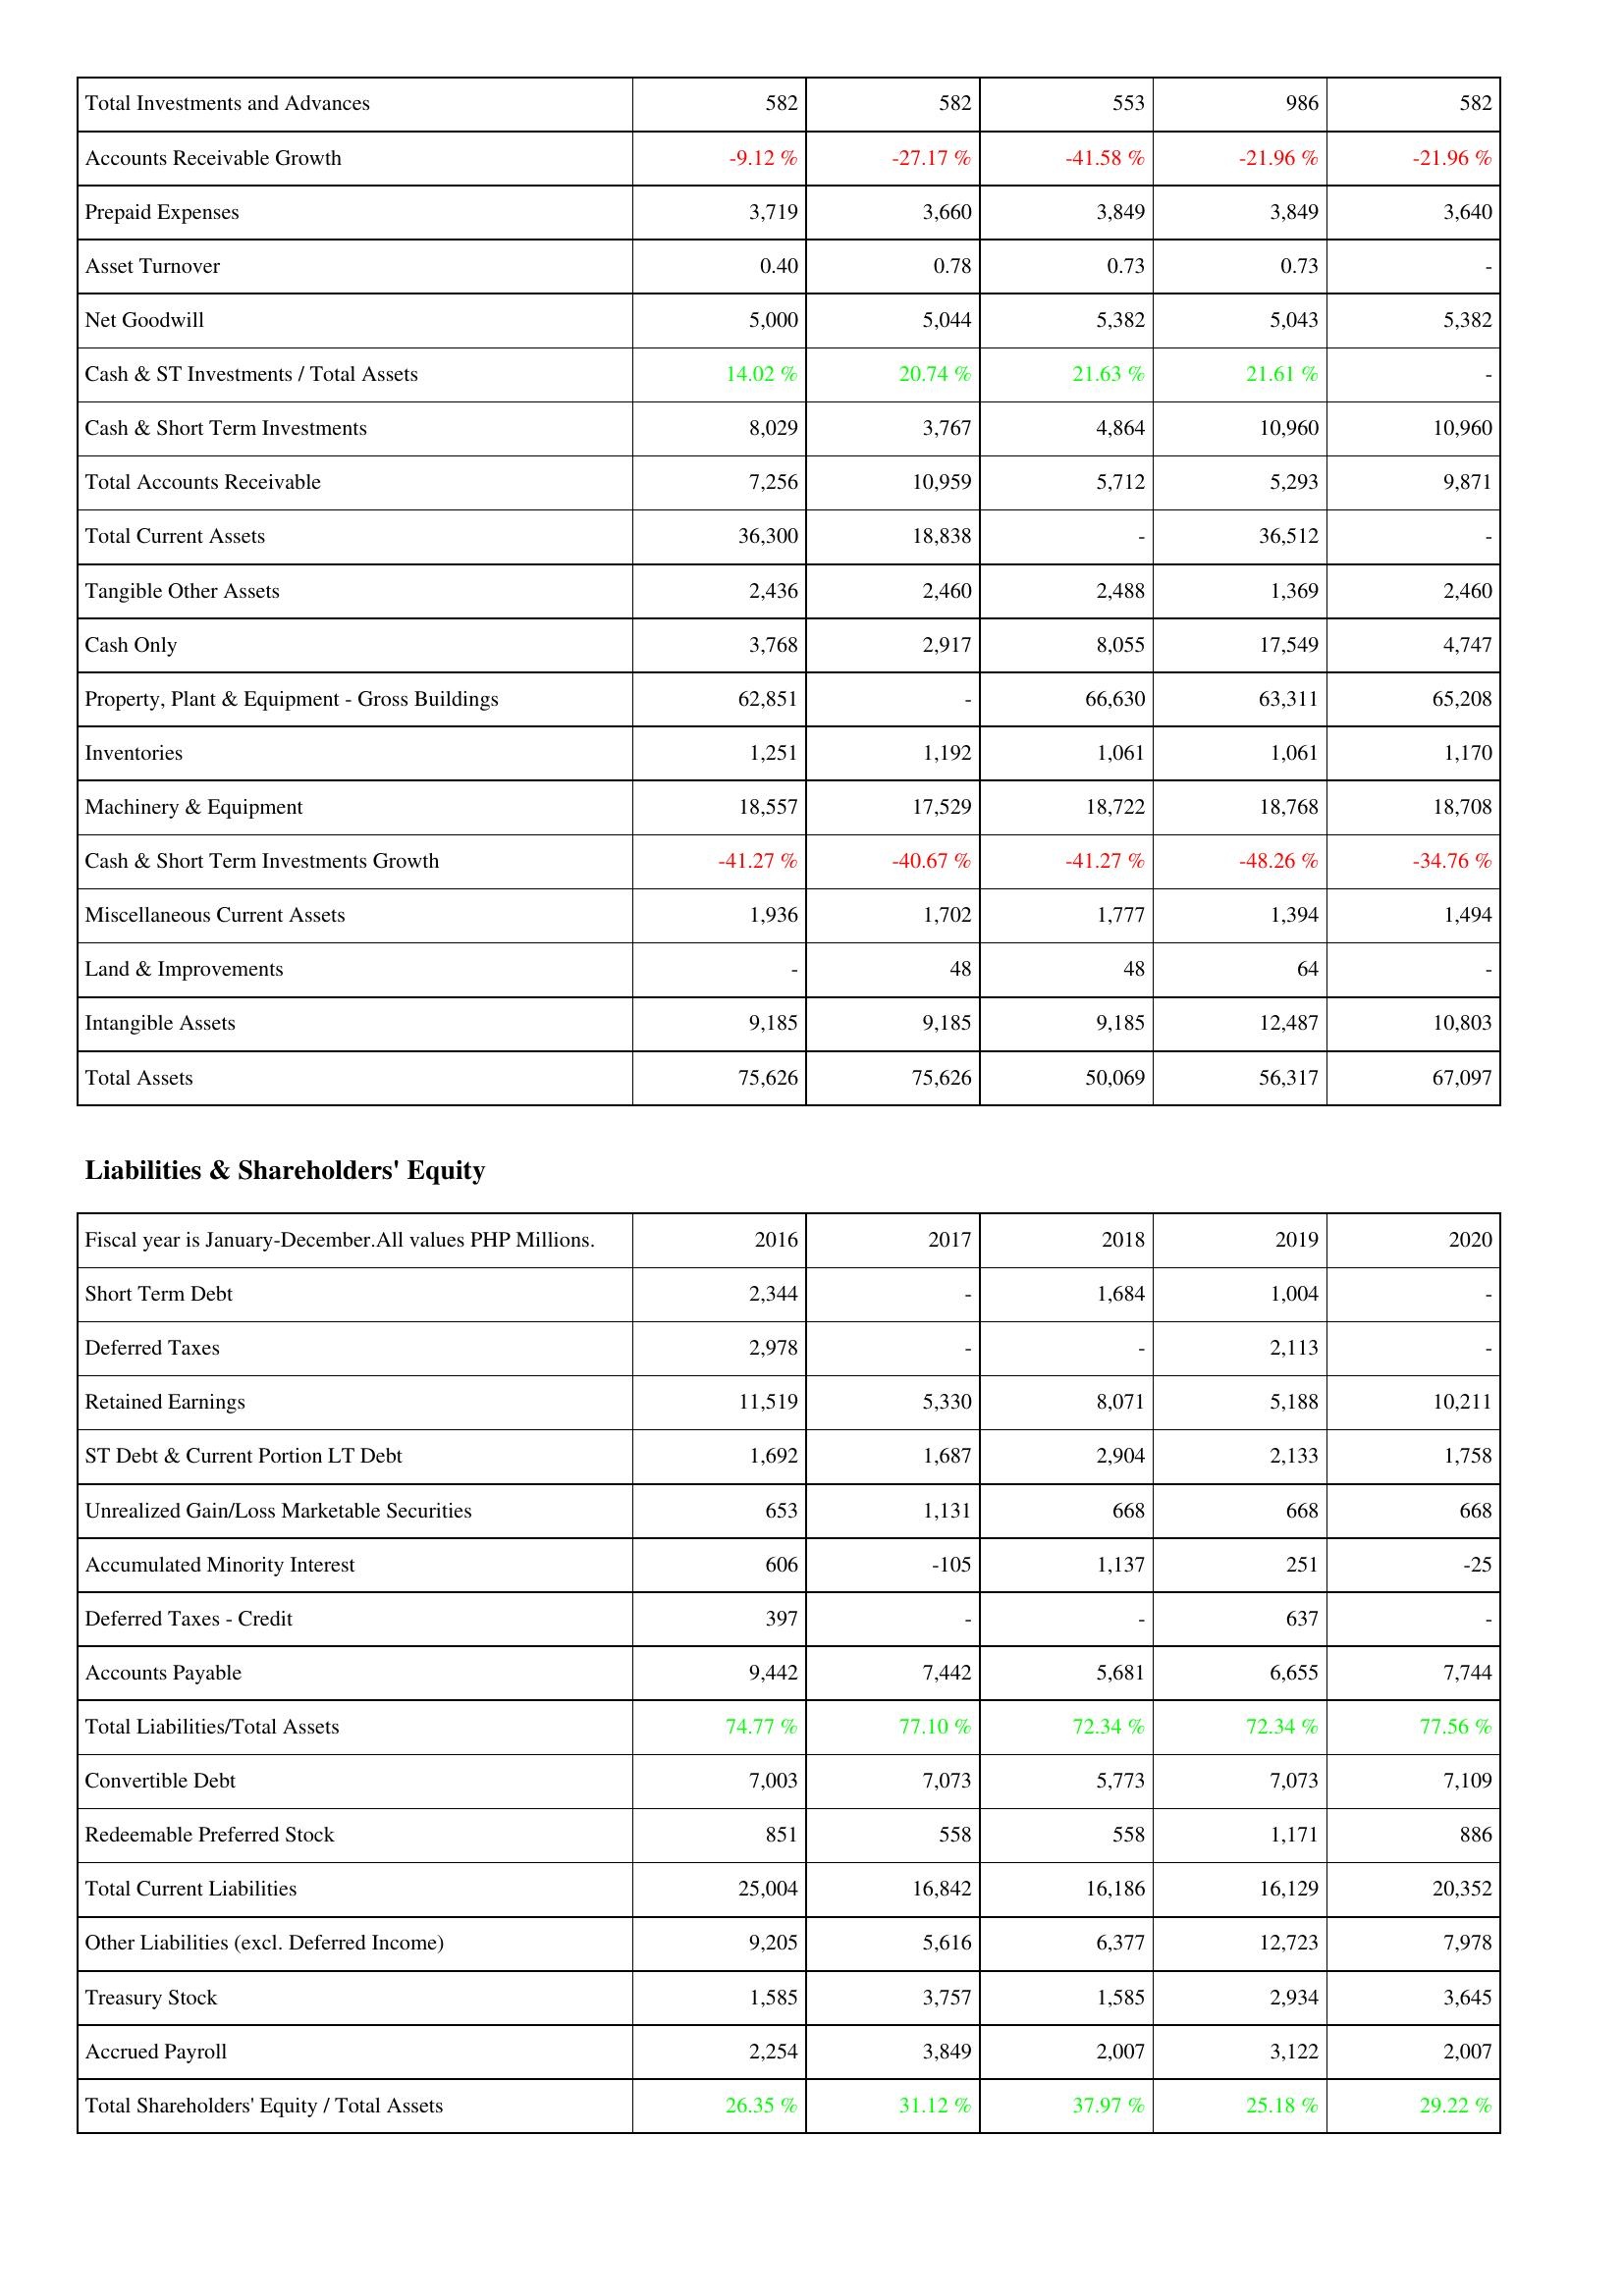
2016: Assets: Total Investments and Advances: 582
Accounts Receivable Growth: -9.12 %
Prepaid Expenses: 3,719
Asset Turnover: 0.40
Net Goodwill: 5,000
Cash & ST Investments / Total Assets: 14.02 %
Cash & Short Term Investments: 8,029
Total Accounts Receivable: 7,256
Total Current Assets: 36,300
Tangible Other Assets: 2,436
Cash Only: 3,768
Property, Plant & Equipment - Gross Buildings: 62,851
Inventories: 1,251
Machinery & Equipment: 18,557
Cash & Short Term Investments Growth: -41.27 %
Miscellaneous Current Assets: 1,936
Land & Improvements: -
Intangible Assets: 9,185
Total Assets: 75,626
Liabilities & Shareholders' Equity: Short Term Debt: 2,344
Deferred Taxes: 2,978
Retained Earnings: 11,519
ST Debt & Current Portion LT Debt: 1,692
Unrealized Gain/Loss Marketable Securities: 653
Accumulated Minority Interest: 606
Deferred Taxes - Credit: 397
Accounts Payable: 9,442
Total Liabilities/Total Assets: 74.77 %
Convertible Debt: 7,003
Redeemable Preferred Stock: 851
Total Current Liabilities: 25,004
Other Liabilities (excl. Deferred Income): 9,205
Treasury Stock: 1,585
Accrued Payroll: 2,254
Total Shareholders' Equity / Total Assets: 26.35 %
2017: Assets: Total Investments and Advances: 582
Accounts Receivable Growth: -27.17 %
Prepaid Expenses: 3,660
Asset Turnover: 0.78
Net Goodwill: 5,044
Cash & ST Investments / Total Assets: 20.74 %
Cash & Short Term Investments: 3,767
Total Accounts Receivable: 10,959
Total Current Assets: 18,838
Tangible Other Assets: 2,460
Cash Only: 2,917
Property, Plant & Equipment - Gross Buildings: -
Inventories: 1,192
Machinery & Equipment: 17,529
Cash & Short Term Investments Growth: -40.67 %
Miscellaneous Current Assets: 1,702
Land & Improvements: 48
Intangible Assets: 9,185
Total Assets: 75,626
Liabilities & Shareholders' Equity: Short Term Debt: -
Deferred Taxes: -
Retained Earnings: 5,330
ST Debt & Current Portion LT Debt: 1,687
Unrealized Gain/Loss Marketable Securities: 1,131
Accumulated Minority Interest: -105
Deferred Taxes - Credit: -
Accounts Payable: 7,442
Total Liabilities/Total Assets: 77.10 %
Convertible Debt: 7,073
Redeemable Preferred Stock: 558
Total Current Liabilities: 16,842
Other Liabilities (excl. Deferred Income): 5,616
Treasury Stock: 3,757
Accrued Payroll: 3,849
Total Shareholders' Equity / Total Assets: 31.12 %
2018: Assets: Total Investments and Advances: 553
Accounts Receivable Growth: -41.58 %
Prepaid Expenses: 3,849
Asset Turnover: 0.73
Net Goodwill: 5,382
Cash & ST Investments / Total Assets: 21.63 %
Cash & Short Term Investments: 4,864
Total Accounts Receivable: 5,712
Total Current Assets: -
Tangible Other Assets: 2,488
Cash Only: 8,055
Property, Plant & Equipment - Gross Buildings: 66,630
Inventories: 1,061
Machinery & Equipment: 18,722
Cash & Short Term Investments Growth: -41.27 %
Miscellaneous Current Assets: 1,777
Land & Improvements: 48
Intangible Assets: 9,185
Total Assets: 50,069
Liabilities & Shareholders' Equity: Short Term Debt: 1,684
Deferred Taxes: -
Retained Earnings: 8,071
ST Debt & Current Portion LT Debt: 2,904
Unrealized Gain/Loss Marketable Securities: 668
Accumulated Minority Interest: 1,137
Deferred Taxes - Credit: -
Accounts Payable: 5,681
Total Liabilities/Total Assets: 72.34 %
Convertible Debt: 5,773
Redeemable Preferred Stock: 558
Total Current Liabilities: 16,186
Other Liabilities (excl. Deferred Income): 6,377
Treasury Stock: 1,585
Accrued Payroll: 2,007
Total Shareholders' Equity / Total Assets: 37.97 %
2019: Assets: Total Investments and Advances: 986
Accounts Receivable Growth: -21.96 %
Prepaid Expenses: 3,849
Asset Turnover: 0.73
Net Goodwill: 5,043
Cash & ST Investments / Total Assets: 21.61 %
Cash & Short Term Investments: 10,960
Total Accounts Receivable: 5,293
Total Current Assets: 36,512
Tangible Other Assets: 1,369
Cash Only: 17,549
Property, Plant & Equipment - Gross Buildings: 63,311
Inventories: 1,061
Machinery & Equipment: 18,768
Cash & Short Term Investments Growth: -48.26 %
Miscellaneous Current Assets: 1,394
Land & Improvements: 64
Intangible Assets: 12,487
Total Assets: 56,317
Liabilities & Shareholders' Equity: Short Term Debt: 1,004
Deferred Taxes: 2,113
Retained Earnings: 5,188
ST Debt & Current Portion LT Debt: 2,133
Unrealized Gain/Loss Marketable Securities: 668
Accumulated Minority Interest: 251
Deferred Taxes - Credit: 637
Accounts Payable: 6,655
Total Liabilities/Total Assets: 72.34 %
Convertible Debt: 7,073
Redeemable Preferred Stock: 1,171
Total Current Liabilities: 16,129
Other Liabilities (excl. Deferred Income): 12,723
Treasury Stock: 2,934
Accrued Payroll: 3,122
Total Shareholders' Equity / Total Assets: 25.18 %
2020: Assets: Total Investments and Advances: 582
Accounts Receivable Growth: -21.96 %
Prepaid Expenses: 3,640
Asset Turnover: -
Net Goodwill: 5,382
Cash & ST Investments / Total Assets: -
Cash & Short Term Investments: 10,960
Total Accounts Receivable: 9,871
Total Current Assets: -
Tangible Other Assets: 2,460
Cash Only: 4,747
Property, Plant & Equipment - Gross Buildings: 65,208
Inventories: 1,170
Machinery & Equipment: 18,708
Cash & Short Term Investments Growth: -34.76 %
Miscellaneous Current Assets: 1,494
Land & Improvements: -
Intangible Assets: 10,803
Total Assets: 67,097
Liabilities & Shareholders' Equity: Short Term Debt: -
Deferred Taxes: -
Retained Earnings: 10,211
ST Debt & Current Portion LT Debt: 1,758
Unrealized Gain/Loss Marketable Securities: 668
Accumulated Minority Interest: -25
Deferred Taxes - Credit: -
Accounts Payable: 7,744
Total Liabilities/Total Assets: 77.56 %
Convertible Debt: 7,109
Redeemable Preferred Stock: 886
Total Current Liabilities: 20,352
Other Liabilities (excl. Deferred Income): 7,978
Treasury Stock: 3,645
Accrued Payroll: 2,007
Total Shareholders' Equity / Total Assets: 29.22 %